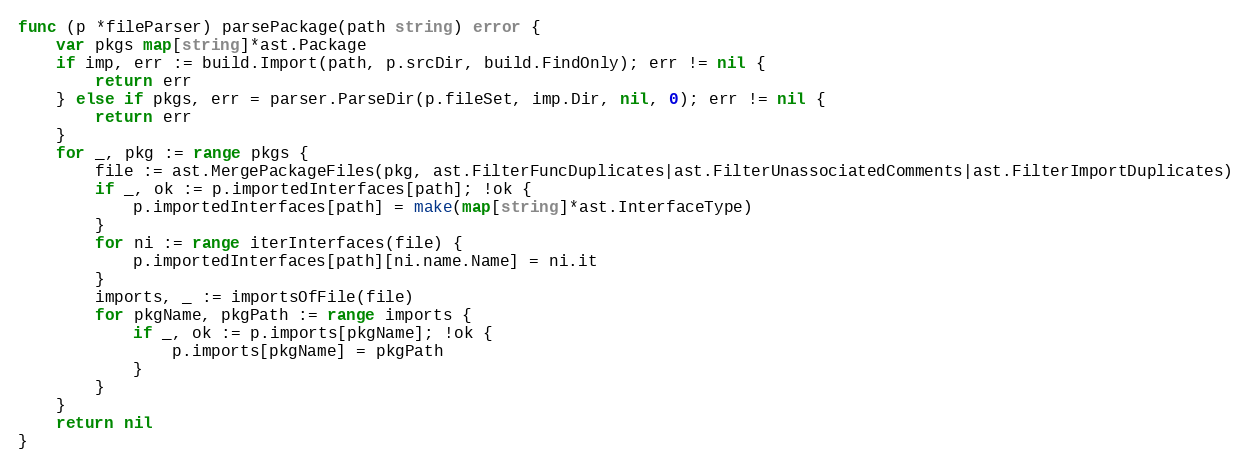
Language: Go
func (p *fileParser) parsePackage(path string) error {
	var pkgs map[string]*ast.Package
	if imp, err := build.Import(path, p.srcDir, build.FindOnly); err != nil {
		return err
	} else if pkgs, err = parser.ParseDir(p.fileSet, imp.Dir, nil, 0); err != nil {
		return err
	}
	for _, pkg := range pkgs {
		file := ast.MergePackageFiles(pkg, ast.FilterFuncDuplicates|ast.FilterUnassociatedComments|ast.FilterImportDuplicates)
		if _, ok := p.importedInterfaces[path]; !ok {
			p.importedInterfaces[path] = make(map[string]*ast.InterfaceType)
		}
		for ni := range iterInterfaces(file) {
			p.importedInterfaces[path][ni.name.Name] = ni.it
		}
		imports, _ := importsOfFile(file)
		for pkgName, pkgPath := range imports {
			if _, ok := p.imports[pkgName]; !ok {
				p.imports[pkgName] = pkgPath
			}
		}
	}
	return nil
}